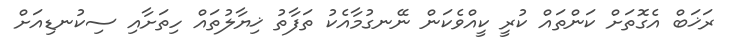
ރަޚަބް އެގޮތަށް ކަންތައް ކުރީ ކީއްވެކަން ނޭނގުމާއެކު ތަފާތު ޚިޔާލުތައް ހިތަށާއި ސިކުނޑިއަށް